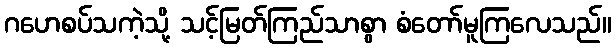
ဂဟေစပ်သကဲ့သို့ သင့်မြတ်ကြည်သာစွာ စံတော်မူကြလေသည်။